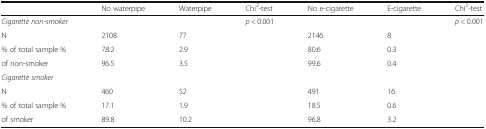
|  | No waterpipe | Waterpipe | Chi2-test | No e-cigarette | E-cigarette | Chi2-test |
 | --- | --- | --- | --- | --- | --- | --- |
 | Cigarette non-smoker |  |  | p < 0.001 |  |  | p < 0.001 |
 | N | 2108 | 77 |  | 2146 | 8 |  |
 | % of total sample % | 78.2 | 2.9 |  | 80.6 | 0.3 |  |
 | of non-smoker | 96.5 | 3.5 |  | 99.6 | 0.4 |  |
 | <COLSPAN=7> Cigarette smoker |
 | N | 460 | 52 |  | 491 | 16 |  |
 | % of total sample % | 17.1 | 1.9 |  | 18.5 | 0.6 |  |
 | of smoker | 89.8 | 10.2 |  | 96.8 | 3.2 |  |